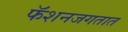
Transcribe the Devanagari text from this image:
फॅशनजगतात